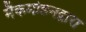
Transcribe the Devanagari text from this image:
मैकमोहनद्वारा